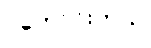
ပိုကောင်းတယ်